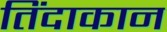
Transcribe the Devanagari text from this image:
तिंदाकान